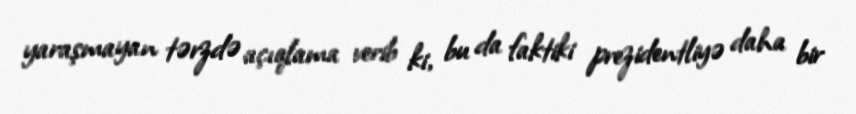
yaraşmayan tərzdə açıqlama verib ki, bu da faktiki prezidentliyə daha bir